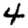
Digit: 4